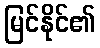
မြင်နိုင်၏